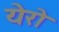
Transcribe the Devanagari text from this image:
येरो